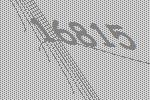
16815